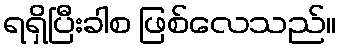
ရရှိပြီးခါစ ဖြစ်လေသည်။